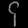
Digit: ၄